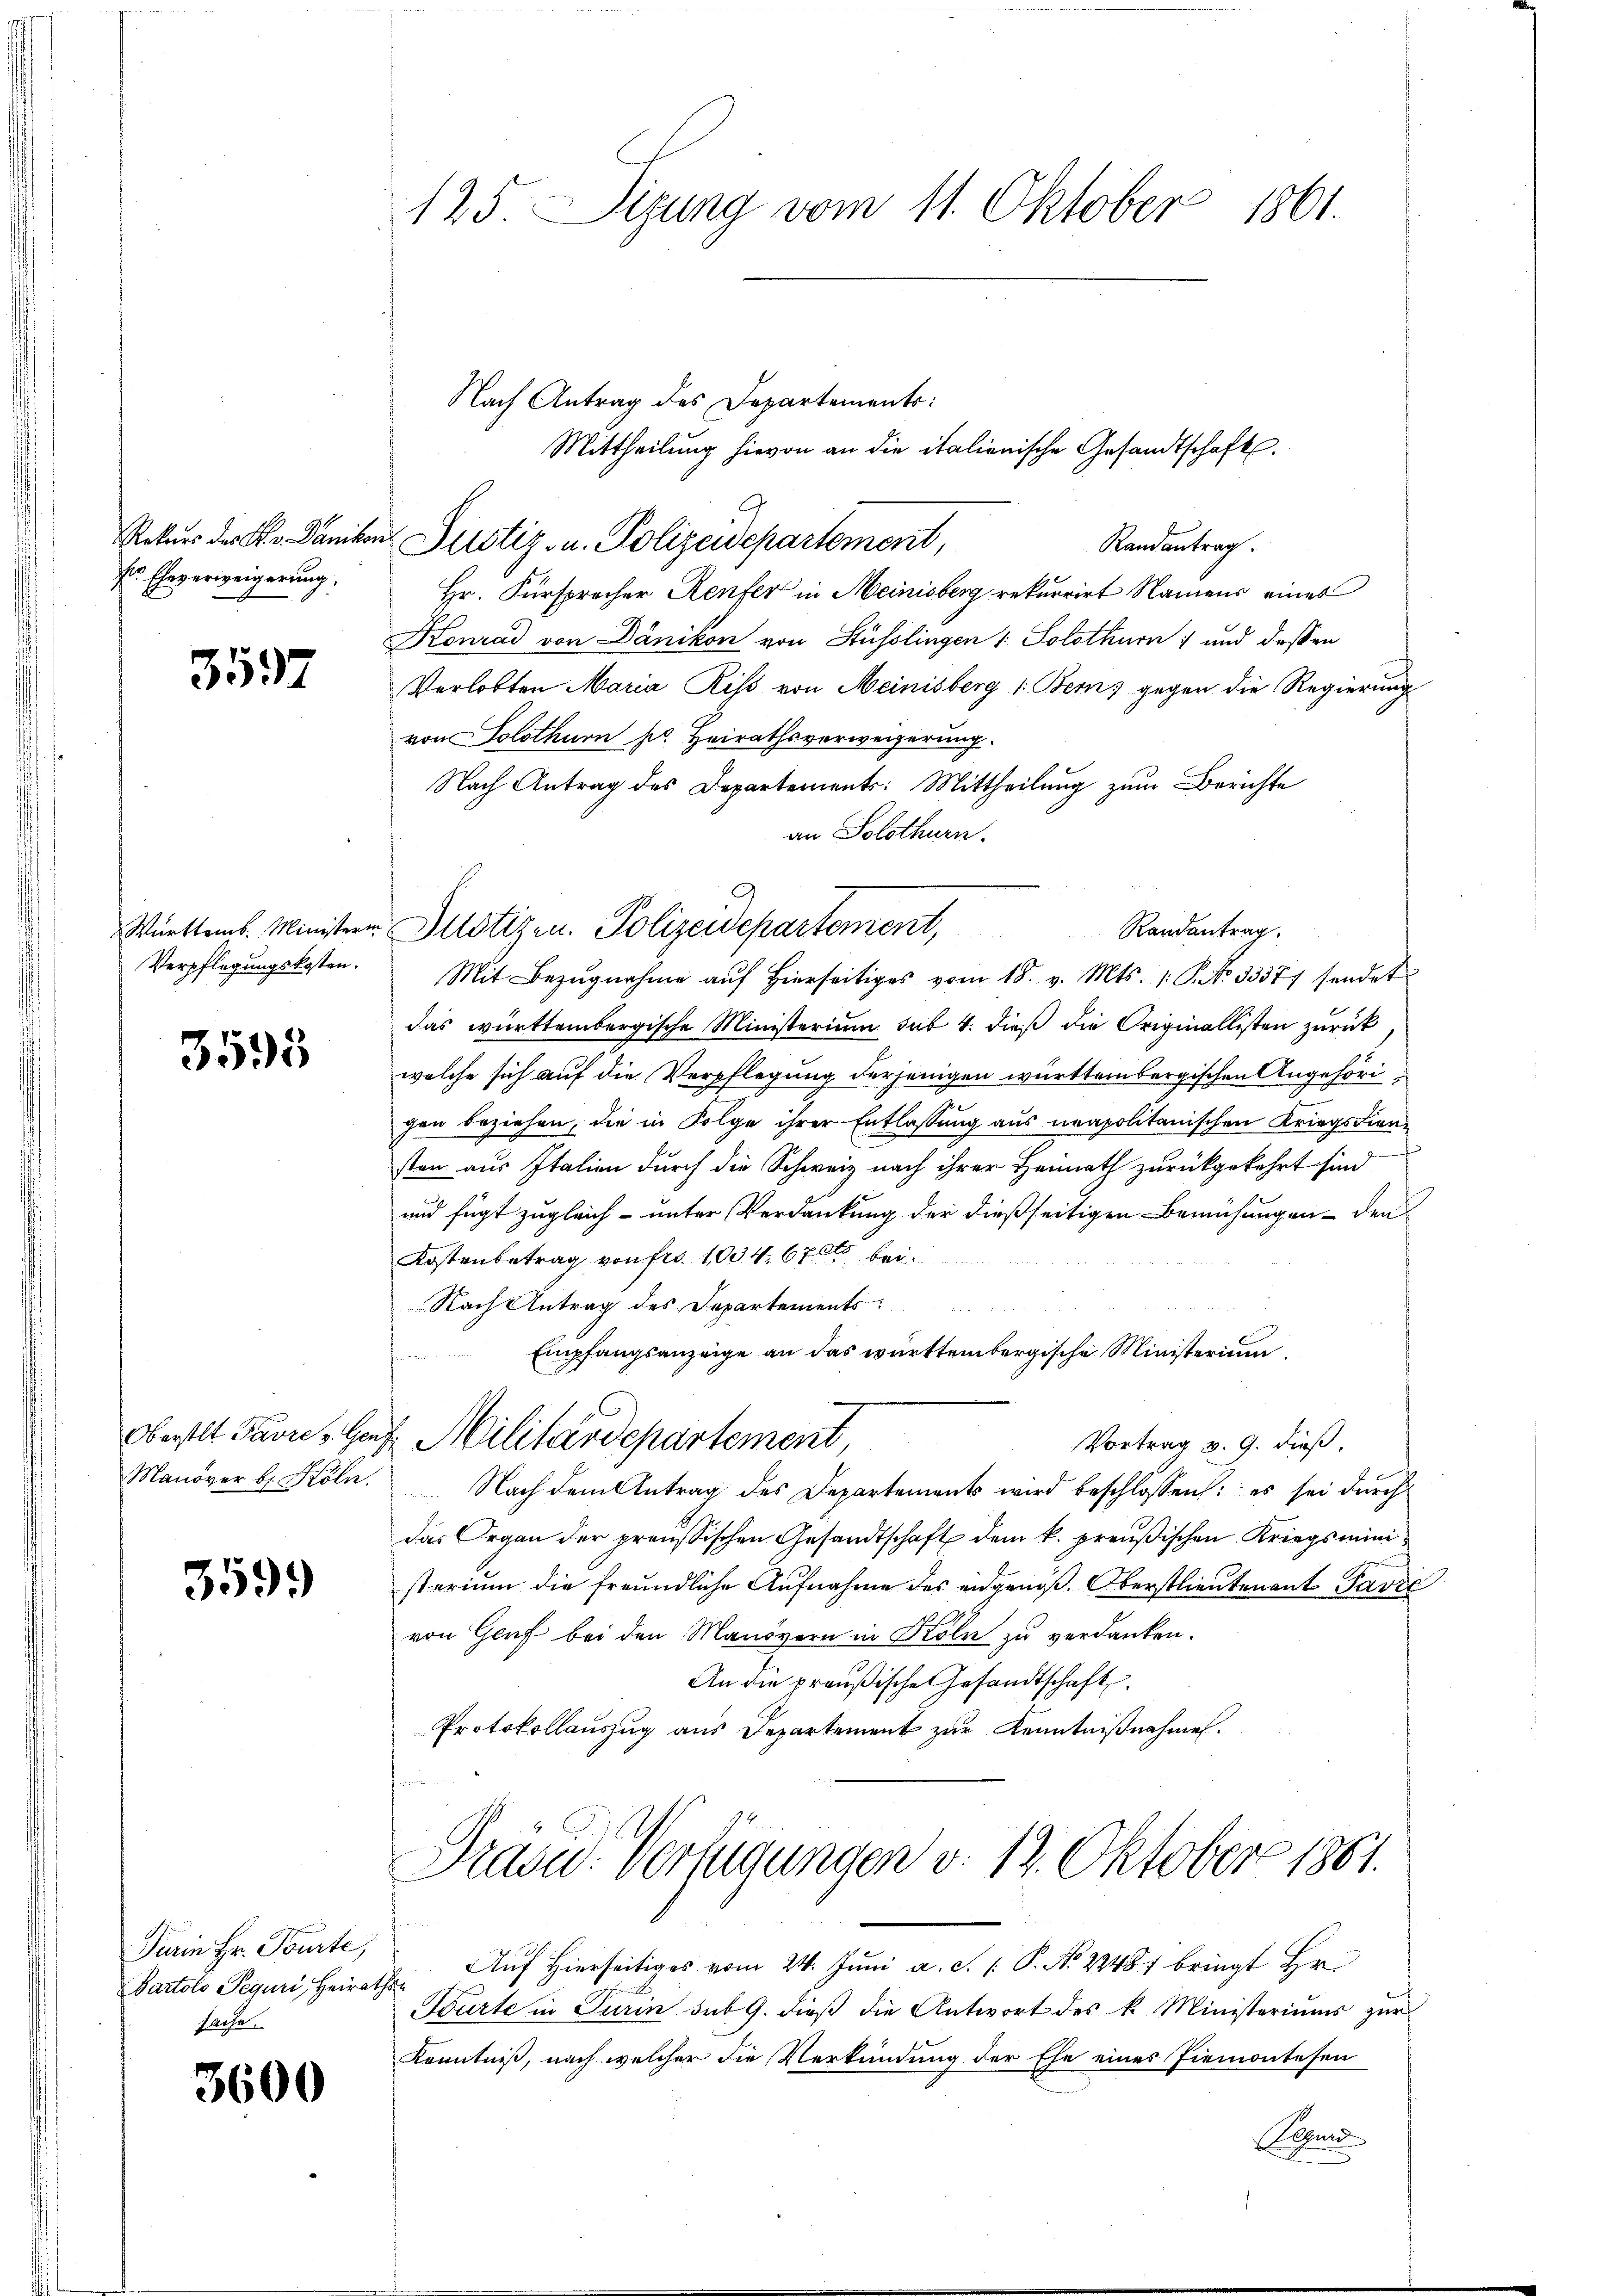
fr. Eheverweigerung.

3597

Verpflegungskosten.

3595

Manöver b. Köln

359.

Turin Hr. Pourte,
sache.

3600

125. Seung vom 11. Oktober 1861.

Nach Antrag des Departements:
Mittheilung hievon an die italienische Gesandtschaft.
Randantrag.
Hr. Fürsprocher Renter in Meinisberg rekurrirt Namens eines
Konrad von Dänikon von Stüsslingen 1. Solothurn , und dessen
Verlobten Maria Riss von Meinisberg 1. Bern, gegen die Regierung
von Solothurn pr. Heirathsverweigerung.
Nach Antrag des Departements: Mittheilung zum Berichte
an Solothurn.
Mit Bezugnahme auf hierseitiges vom 18. v. Mts. (: P. No 3337/ sendet
das württembergische Ministerium sub 4. dieß die Originallisten zurück
welche sich auf die Verpflegung derjenigen württembergischen Angehörigen beziehen, die in Folge ihrer Entlassung aus neapolitanischen Kriegsdiensten aus Italien durch die Schweiz nach ihrer Heimath zurückgekehrt sind.
und fügt zugleich- unter Verdankung der dießseitigen Bemühungen den
Kostenbetrag von Fr. 1004. 6700 bei.
Nach Antrag des Departements:
Empfangsanzeige an das württembergische Ministerium
Oberstlt Favre - Genf Militärdepartement
Vortrag v. 9. dieß,
Nach dem Antrag des Departements wird beschlossen: es sei durch
das Organ der preussischen Gesandtschaft dem k. preußischen Kriegsministerium die freundliche Aufnahme des eidgenöß. Oberstlieutenant Pavie
von Genf bei den Manövern in Köln zu verdanken.
An die preußische Gesandtschaft
Protokollauszug aus Departement zur Kenntnißnahmen.

Rekurs der K. Dänikon Justiz- u. Polizeidepartement,

Württemb. Ministern Allotizen. Polizeidepartement,

Partolo Peguri, Heirathe Aŭf Hierseitiges vom 24. Jŭni a. d. 1. P. No. 22487 bringt Hr.
Bürte in Turin sub 9. dieß die Antwort des k. Ministeriums zur
Kenntniß, nach welcher die Verkündung der Ehe eines Piemontesen
hen

Randantrag.

Präsid.- Verfügungen v. 12. Oktober 1881.